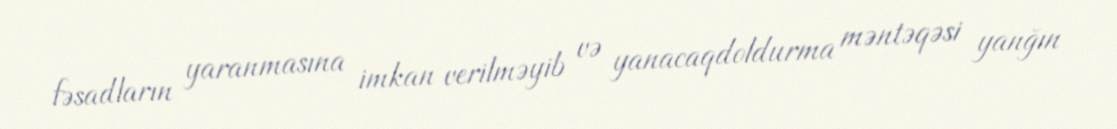
fəsadların yaranmasına imkan verilməyib və yanacaqdoldurma məntəqəsi yanğın